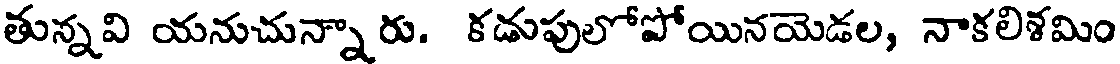
తున్నవి యనుచున్నారు. కడుపులోపోయినయెడల, నాకలిశమిం